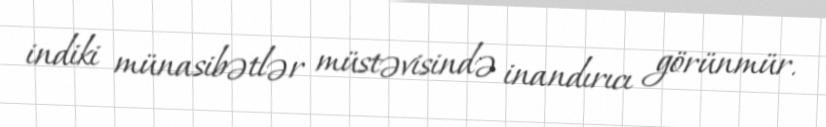
indiki münasibətlər müstəvisində inandırıcı görünmür.